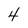
Character: 4